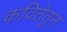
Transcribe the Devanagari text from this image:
कवितेतुन